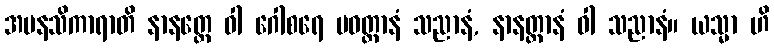
အမနသိကာရာတိ နာနတ္တေ ဝါ ဂေါစရေ ပဝတ္တာနံ သညာနံ, နာနတ္တာနံ ဝါ သညာနံ။ ယသ္မာ ဟိ